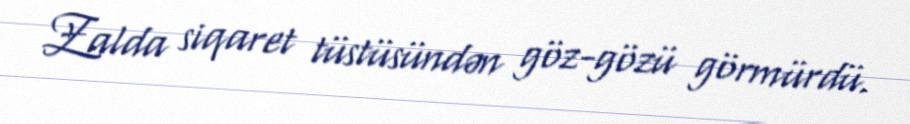
Zalda siqaret tüstüsündən göz-gözü görmürdü.